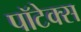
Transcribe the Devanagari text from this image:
पॉटेक्स